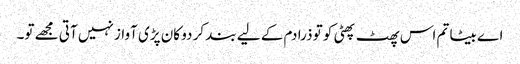
اے بیٹا تم اس پھٹ پھٹی کو تو ذرا دم کے لیے بند کر دو کان پڑی آواز نہیں آتی مجھے تو۔